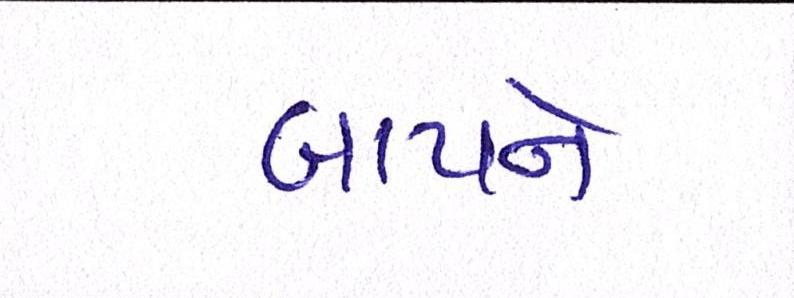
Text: બાપને